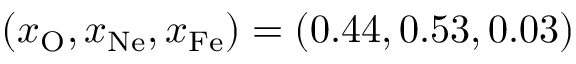
( x _ { \mathrm { O } } , x _ { \mathrm { N e } } , x _ { \mathrm { F e } } ) = ( 0 . 4 4 , 0 . 5 3 , 0 . 0 3 )